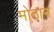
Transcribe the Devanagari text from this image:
मोठान